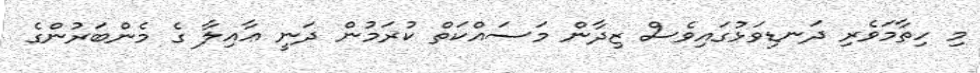
މި ހިތާމަވެރި ދަނޑިވަޅުގައިވެސް ޒިދާން މަސައްކަތް ކުރަމުން ދަނީ ޢާއިލާ ގެ މެންބަރުންގެ